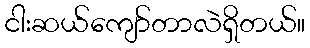
ငါးဆယ်ကျော်တာလဲရှိတယ်။